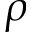
\rho